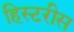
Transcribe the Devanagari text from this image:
हिस्टरीस